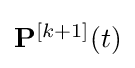
{\textstyle \mathbf {P} ^{[k+1]}(t)}